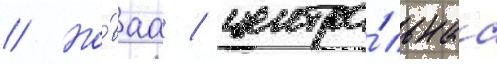
// Но́ваа / центра́льнаа